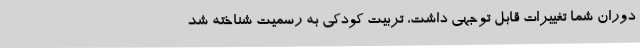
دوران شما تغییرات قابل توجهی داشت، تربیت کودکی به رسمیت شناخته شد